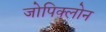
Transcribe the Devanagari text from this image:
जोपिक्लोन